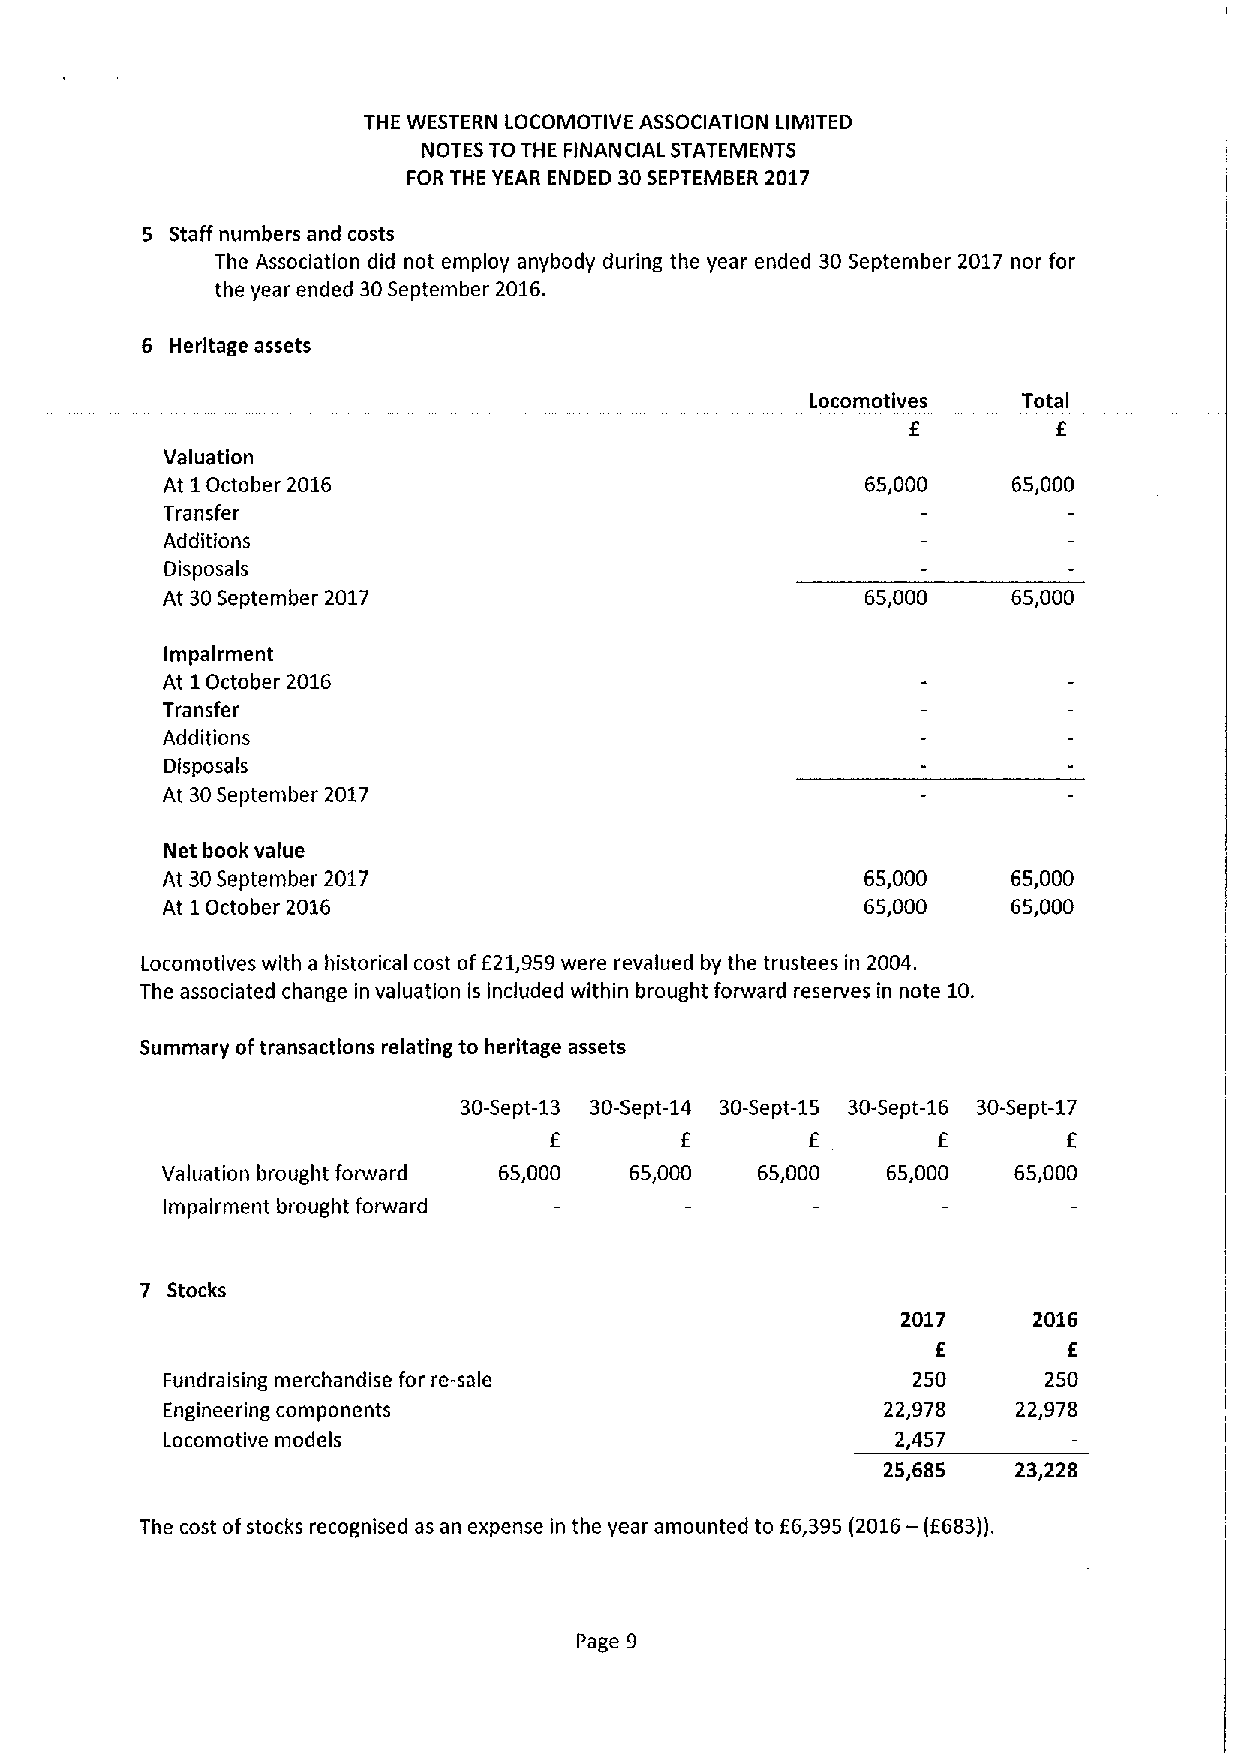
THE WESTERN LOCOMOTIVE ASSOCIATION LIMITED
 NOTES TO THE FINANCIAL STATEMENTS
 FOR THE YEAR ENDED 30SEPTEMBER 2017
 5 Staff numbers and costs
 The Association did not employ anybody during the year ended 30September 2017 nor for
 the year ended 30September 2016.
 6 Heritage assets
 Locomotives   Total
 Valuation
 At 1October 2016                              65,000    65,000
 Transfer
 Additions
 Disposals
 At 30September 2017                           65,000    65,000
 Impairment
 At 1October 2016
 Transfer
 Additions
 Dlsposals
 At 30September 2017
 Net book value
 At 30September 2017                           65,000    65,000
 At 1October 2016                              65,000    65,000
 Locomotives with a historical cost off21,959were revalued by the trustees in 2004.
 The associated change in valuation is included within brought forward reserves in note 10.
 Summary oftransactions relating to heritage assets
 30-Sept-13 30-Sept-14 30-Sept-15 30-Sept-16 30-Sept-17
 f                 f       f
 E                         E
 Valuation brought forward 65,000 65,000 65,000  65,000  65,000
 Impairment brought forward
 7 Stocks
 2017    2016
 f
 E
 Fundraising merchandise for re-sale              250      250
 Engineering components                         22,978   22,978
 Locomotive models                               2,457
 25,685   23,228
 The cost ofstocks recognised as an expense in the year amounted to f 6,395 (2016—(f683)).
 Page 9